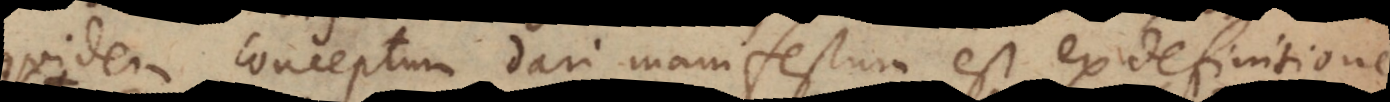
quidem conceptum dari manifestum est ex definitione